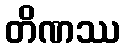
တိဏဿ